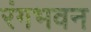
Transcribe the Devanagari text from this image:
रंगभवन